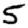
Digit: 5